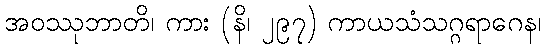
အဝဿုဘာတိ၊ ကား (နိ၊ ၂၉၇) ကာယသံသဂ္ဂရာဂေန၊